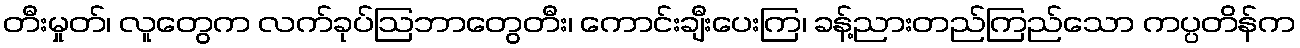
တီးမှုတ်၊ လူတွေက လက်ခုပ်ဩဘာတွေတီး၊ ကောင်းချီးပေးကြ၊ ခန့်ညားတည်ကြည်သော ကပ္ပတိန်က